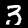
Digit: 3